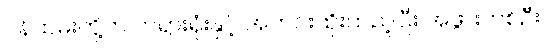
ဝန်ထမ်းတို့က တရားရုံးနှင့် အတင်းထိုးထည့်ပြီး အဖွားတစ်ဦး